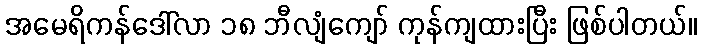
အမေရိကန်ဒေါ်လာ ၁၈ ဘီလျံကျော် ကုန်ကျထားပြီး ဖြစ်ပါတယ်။